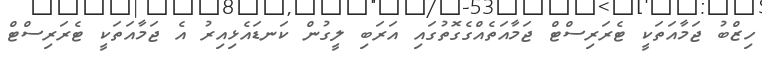
ހިޒްބު ޖަމާއަތަކީ ޓެރަރިސްޓް ޖަމާއަތެއްގެގޮތުގައި އަރަބި ލީގުން ކަނޑައެޅިއިރު އެ ޖަމާއަތަކީ ޓެރަރިސްޓް